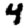
Digit: 4